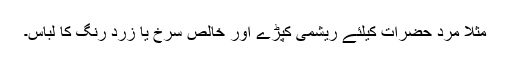
مثلاً مرد حضرات کیلئے ریشمی کپڑے اور خالص سرخ یا زرد رنگ کا لباس۔